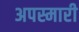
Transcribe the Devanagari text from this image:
अपस्मारी